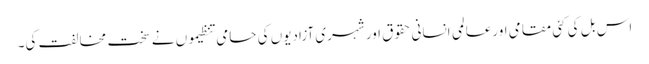
اس بل کی کئی مقامی اورعالمی انسانی حقوق اور شہری آزادیوں کی حامی تنظیموں نے سخت مخالفت کی۔